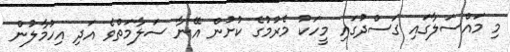
މި މައްސަލާގައި ގަސްދުގައި މީހަކު މެރުމުގެ ކުށުން އޭނާ ސަލާމަތްވެ އަދި އިހުމާލުން